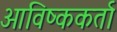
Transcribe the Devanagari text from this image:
आविष्ककर्ता